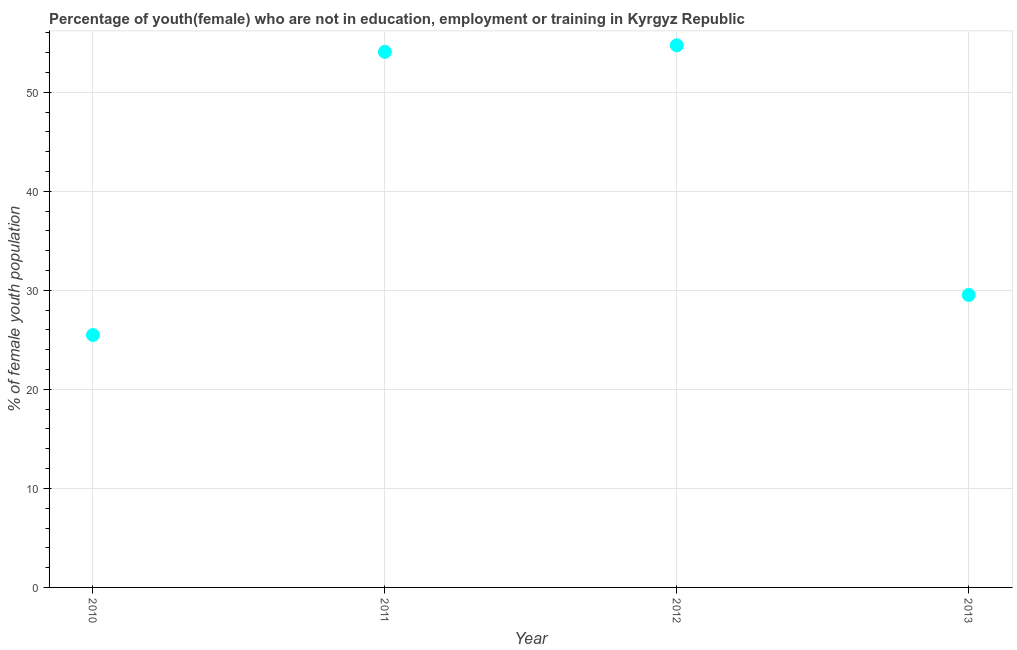
| Year | Unemployed(female) |
 | --- | --- |
 | 2010 | 25.5 |
 | 2011 | 54.1 |
 | 2012 | 54.8 |
 | 2013 | 29.5 |